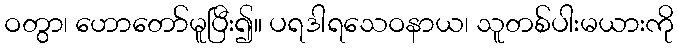
ဝတွာ၊ ဟောတော်မူပြီး၍။ ပရဒါရသေဝနာယ၊ သူတစ်ပါးမယားကို